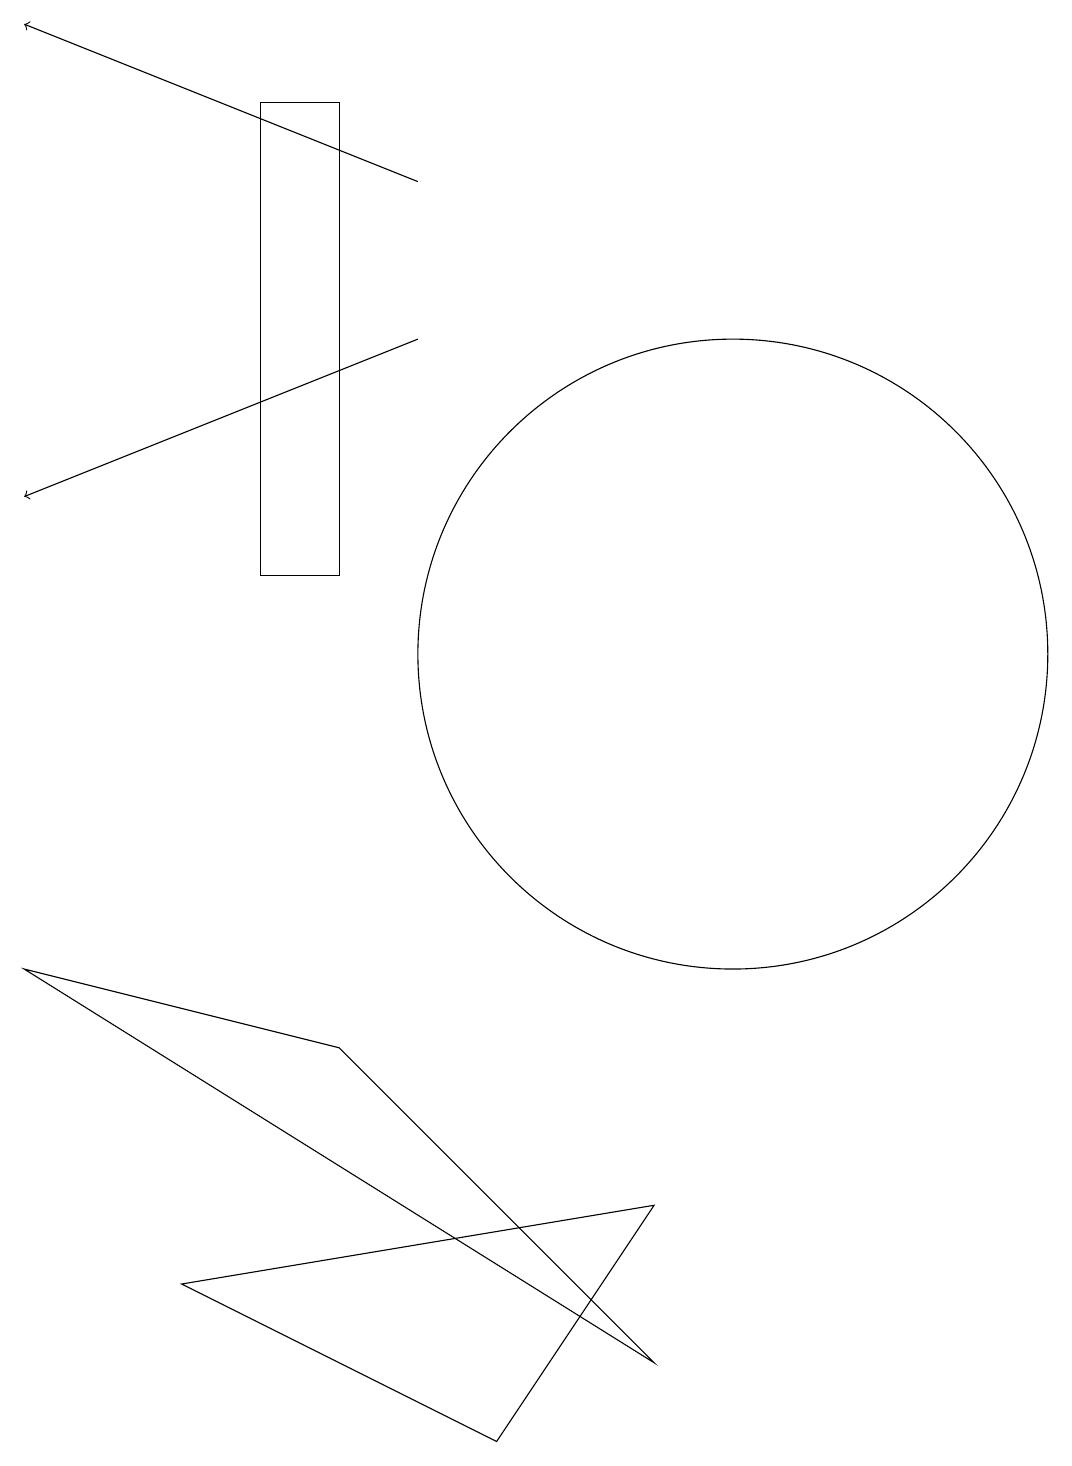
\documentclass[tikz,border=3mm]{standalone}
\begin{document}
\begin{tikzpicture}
\draw (4,12) rectangle (5,18);
\draw[->] (6,15) -- (1,13);
\draw (9,4) -- (7,1) -- (3,3) -- cycle;
\draw (10,11) circle (4);
\draw[->] (6,17) -- (1,19);
\draw (11,10) circle (0);
\draw (1,7) -- (9,2) -- (5,6) -- cycle;
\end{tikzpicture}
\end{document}